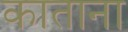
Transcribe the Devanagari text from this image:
काताना